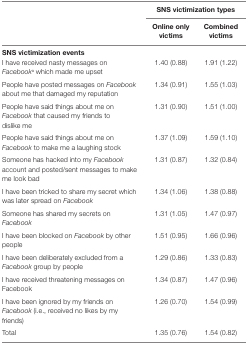
<table><thead><tr><td rowspan="2"></td><td colspan="2"><b>SNS victimization types</b></td></tr><tr><td><b>Online only victims</b></td><td><b>Combined victims</b></td></tr></thead><tbody><tr><td colspan="3"><b>Sns victimization events</b></td></tr><tr><td>I have received nasty messages on <i>Facebook</i><sup>a</sup> which made me upset</td><td>1.40 (0.88)</td><td>1.91 (1.22)</td></tr><tr><td>People have posted messages on <i>Facebook</i> about me that damaged my reputation</td><td>1.34 (0.91)</td><td>1.55 (1.03)</td></tr><tr><td>People have said things about me on <i>Facebook</i> that caused my friends to dislike me</td><td>1.31 (0.90)</td><td>1.51 (1.00)</td></tr><tr><td>People have said things about me on <i>Facebook</i> to make me a laughing stock</td><td>1.37 (1.09)</td><td>1.59 (1.10)</td></tr><tr><td>Someone has hacked into my <i>Facebook</i> account and posted/sent messages to make me look bad</td><td>1.31 (0.87)</td><td>1.32 (0.84)</td></tr><tr><td>I have been tricked to share my secret which was later spread on <i>Facebook</i></td><td>1.34 (1.06)</td><td>1.38 (0.88)</td></tr><tr><td>Someone has shared my secrets on <i>Facebook</i></td><td>1.31 (1.05)</td><td>1.47 (0.97)</td></tr><tr><td>I have been blocked on <i>Facebook</i> by other people</td><td>1.51 (0.95)</td><td>1.66 (0.96)</td></tr><tr><td>I have been deliberately excluded from a <i>Facebook</i> group by people</td><td>1.29 (0.86)</td><td>1.33 (0.83)</td></tr><tr><td>I have received threatening messages on Facebook</td><td>1.34 (0.87)</td><td>1.47 (0.96)</td></tr><tr><td>I have been ignored by my friends on <i>Facebook</i> (i.e., received no likes by my friends)</td><td>1.26 (0.70)</td><td>1.54 (0.99)</td></tr><tr><td>Total</td><td>1.35 (0.76)</td><td>1.54 (0.82)</td></tr></tbody></table>